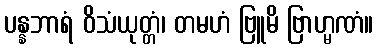
ပန္နဘာရံ ဝိသံယုတ္တံ၊ တမဟံ ဗြူမိ ဗြာဟ္မဏံ။